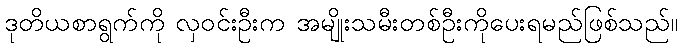
ဒုတိယစာရွက်ကို လှဝင်းဦးက အမျိုးသမီးတစ်ဦးကိုပေးရမည်ဖြစ်သည်။